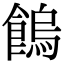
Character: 𩝷